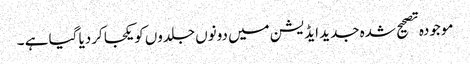
موجودہ تصحیح شدہ جدید ایڈیشن میں دونوں جلدوں کویکجا کردیا گیا ہے ۔